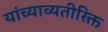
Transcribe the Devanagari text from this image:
यांच्याव्यतीरिक्त